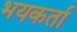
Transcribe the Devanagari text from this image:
भयकर्ता